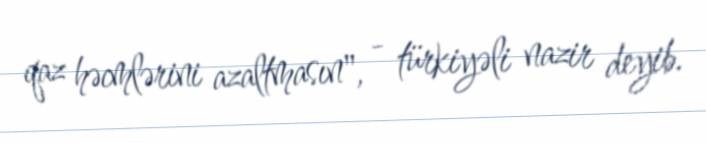
qaz həcmlərini azaltmasın", - türkiyəli nazir deyib.